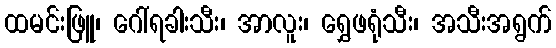
ထမင်းဖြူ၊ ဂေါ်ရခါးသီး၊ အာလူး၊ ရွှေဖရုံသီး၊ အသီးအရွက်